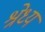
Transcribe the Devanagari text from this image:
श्रेध्य